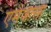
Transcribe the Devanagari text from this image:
एमजीसी